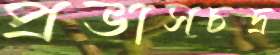
প্রভাসচন্দ্র